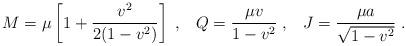
LaTeX: \begin{align*}M = \mu\left[1 + {v^2 \over 2(1-v^2)} \right] \; , \; \; \; Q = {\mu v \over 1-v^2} \; , \; \; \; J = {\mu a \over \sqrt{1-v^2}} \; . \end{align*}